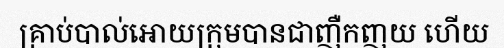
គ្រាប់បាល់អោយក្រុមបានជាញឺកញយ ហើយ